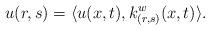
LaTeX: \begin{align*}u(r,s)=\langle u(x,t),k_{(r,s)}^w(x,t)\rangle .\end{align*}